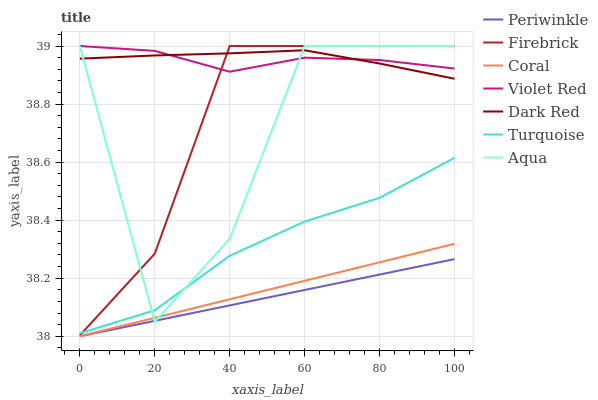
| xaxis_label | Periwinkle | Firebrick | Coral | Violet Red | Dark Red | Turquoise | Aqua |
 | --- | --- | --- | --- | --- | --- | --- | --- |
 | 0 | 38 | 38 | 38 | 39 | 39 | 38 | 39 |
 | 20 | 38.1 | 38.3 | 38.1 | 39 | 39 | 38.1 | 38 |
 | 40 | 38.1 | 39 | 38.1 | 38.9 | 39 | 38.3 | 38.3 |
 | 60 | 38.2 | 39 | 38.2 | 39 | 39 | 38.4 | 39 |
 | 80 | 38.2 | 39 | 38.3 | 39 | 38.9 | 38.5 | 39 |
 | 100 | 38.3 | 39 | 38.3 | 38.9 | 38.9 | 38.6 | 39 |